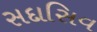
સદાસિવ